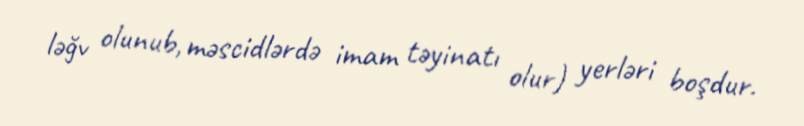
ləğv olunub, məscidlərdə imam təyinatı olur) yerləri boşdur.